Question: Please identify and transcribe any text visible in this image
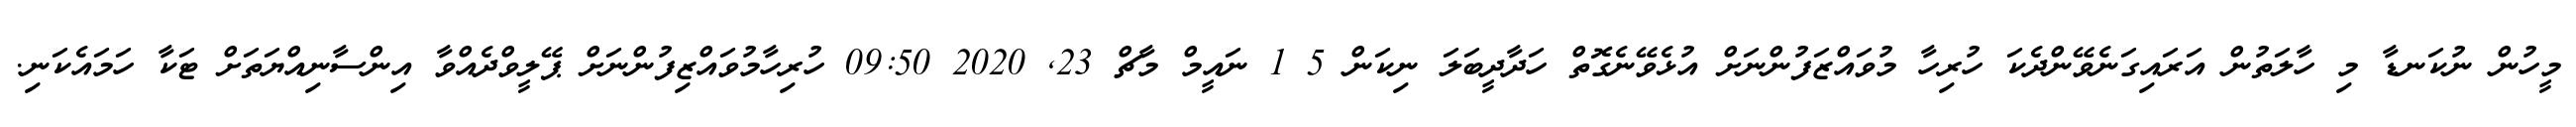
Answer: މީހުން ނުކަނޑާ މި ހާލަތުން އަރައިގަނެވޭންދެކަ ހުރިހާ މުވައްޒަފުންނަށް އުޅެވޭނެގޮތް ހަދާދީބަލަ ނިކަން 5 1 ނައީމް މާޗް 23, 2020 09:50 ހުރިހާމުވައްޒިފުންނަށް ޕޭލީވްދެއްވާ އިންސާނިއްޔަތަށް ޓަކާ ހަމައެކަނި.